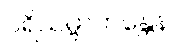
ပရိသမ္ဗာဟန္တေန